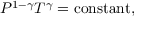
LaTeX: P ^ { 1 - \gamma } T ^ { \gamma } = { \mathrm { c o n s t a n t } } ,